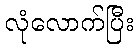
လုံလောက်ပြီး